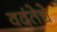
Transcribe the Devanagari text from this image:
वदंतेचे